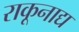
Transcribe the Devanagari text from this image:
राकूनाद्य